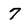
Character: 7